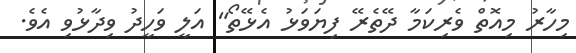
މިހާރު މިއޮތް ވެރިކަމާ ދޭތެރޭ ފިޔަވަޅު އެޅޭތޯ" އަލީ ވަހީދު ވިދާޅުވި އެވެ.